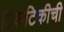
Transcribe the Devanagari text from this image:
टिकटिकीची